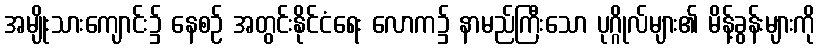
အမျိုးသားကျောင်း၌ နေစဉ် အတွင်းနိုင်ငံရေး လောက၌ နာမည်ကြီးသော ပုဂ္ဂိုလ်များ၏ မိန့်ခွန်းများကို